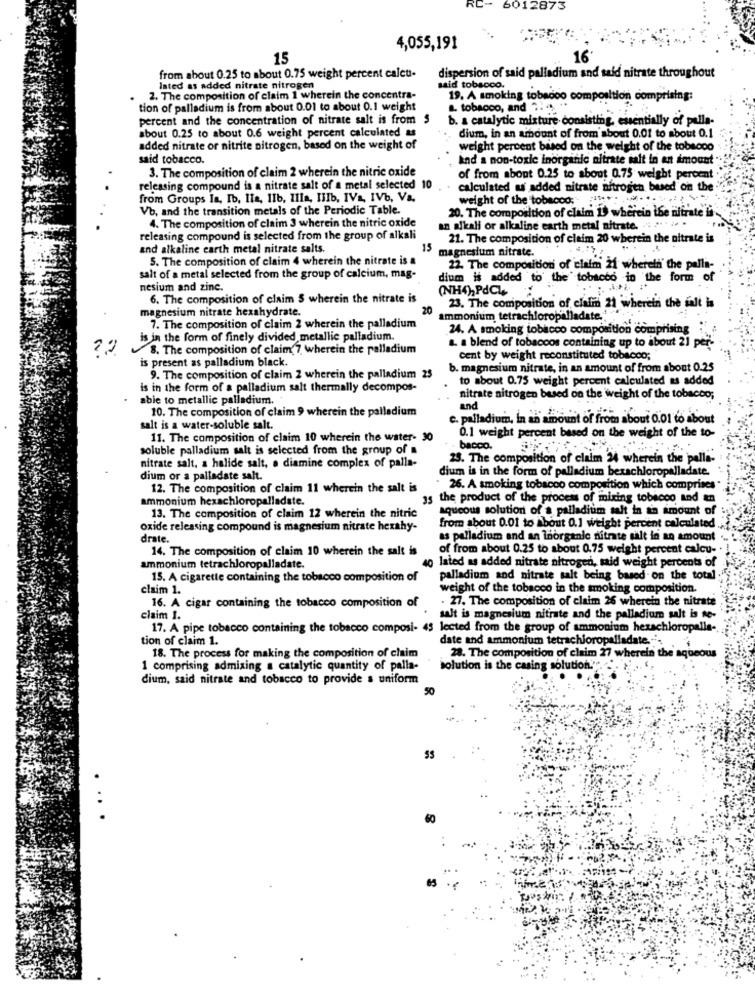
RC-
6012873
4,055,191
15
from about 0.25 to about 0.75 weight percent calcu-
dispersion of said palladium and said nitrate throughout
Iated as added nitrate nitrogen
said tobacco.
2. The composition of claim 1 wherein the concentra-
19. A smoking tobacco composition comprising:
tion of palladium is from about 0.01 to about 0.1 weight
a. tobacco, and ": 4
percent and the concentration of nitrate salt is from $
b. a catalytic mixture consisting, essentially of palla-
about 0.25 to about 0.6 weight percent calculated &
dium, in an amount of from about 0.01 to about 0.1
added nitrate or nitrite nitrogen, based on the weight of
weight percent based on the weight of the tobacco
said tobacco.
and a non-toxic inorganic nitrate salt in an amount
3. The composition of claim 2 wherein the nitric oxide
of from about 0.25 to about 0.75 weight percent
releasing compound is a nitrate salt of a metal selected 10
calculated u added nitrate nitrogen based on the
from Groups Ia, Ib. Ile, 11b, Illa, IlIb, IVa, IVb, Va.
weight of the tobacco;
Vb, and the transition metals of the Periodic Table.
20. The composition of claim I wherein ibe nitrate li
4. The composition of claim 3 wherein the nitric oxide
an alkali or alkaline earth metal nitrate.
releasing compound is selected from the group of alkali
21. The composition of claim 20 wherein the nitrate is
and alkaline earth metal nitrate salts.
15
magnesium nitrate.
5. The composition of claim 4 wherein the nitrate is a
22. The composition of claim Ži wherein the palla-
salt of a metal selected from the group of calcium, mag-
dium is added to the tobacco in the form of
nesium and zinc.
(NH4), PdCL
6. The composition of claim 5 wherein the nitrate is
magnesium nitrate hexahydrate.
20
23. The composition of claim 21 wherein the falt is
Ammonium tetrachloropalladate .*
7. The composition of claim 2 wherein the palladium
24. A smoking tobacco composition comprising
is in the form of finely divided metallic palladium.
8. The composition of claim( 7 wherein the palladium
a. a blend of tobaccos containing up to about 21 per-
cent by weight reconstituted tobacco;
is present as palladium black.
b. magnesium nitrate, in an amount of from about 0.25
9. The composition of claim 2 wherein the palladium 23
to about 0.75 weight percent calculated is added
is in the form of a palladium salt thermally decompos-
able to metallic palladium.
nitrate nitrogen based on the weight of the tobacco;
10. The composition of claim 9 wherein the palladium
and
e. palladium, in an amount of from about 0.01 to about
salt is a water-soluble salt.
11. The composition of claim 10 wherein the water- 30
0.1 weight percent based on the weight of the to-
soluble palladium salt is selected from the group of
bacco.
nitrate salt, a halide salt, a diamine complex of palla-
23. The composition of claim 24 wherein the pella-
dium is in the form of palladium bexachloropalladate.
dium or a palladate salt.
12. The composition of claim 11 wherein the salt is
26. A smoking tobacco composition which comprises
ammonium hexachloropalladate.
15 the product of the process of mixing tobacco and an
13. The composition of claim 12 wherein the nitric
aqueous solution of a palladium salt in an amount of
oxide releasing compound is magnesium nitrate hexahy-
from about 0.01 to About 0.1 weight percent calculated
drate.
as palladium and an Inorganic nitrate salt in an amount
14. The composition of claim 10 wherein the salt is
of from about 0.25 to about 0.75 weight percent calcu- .
40 lated as added nitrate nitrogen, said weight percents of
ammonium tetrachloropalladate.
15. A cigarette containing the tobacco composition of
palladium and nitrate salt being based on the total
claim 1.
weight of the tobacco in the smoking composition.
27. The composition of claim 26 wherein the nitrate
16. A cigar containing the tobacco composition of
claim 1.
salt is magnesium nifrate and the palladium salt is ne-
17. A pipe tobacco containing the tobacco composi- 45 lected from the group of ammonium hexachloropalle-
tion of claim 1.
date and ammonium tetrachioropalladate ..
18. The process for making the composition of claim
28. The composition of claim 27 wherein the aqueous
1 comprising admixing a catalytic quantity of palla-
solution is the casing solution."
dium, said nitrate and tobacco to provide a uniform
50
....